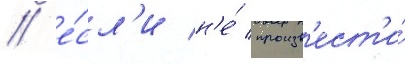
/ е́сл'и н'е́ произв'ест'и́